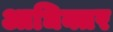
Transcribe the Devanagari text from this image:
आधिक्तर